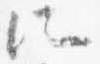
所